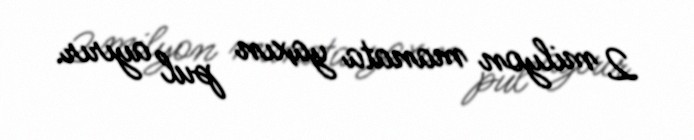
2 milyon manata yaxın pul ayırır.